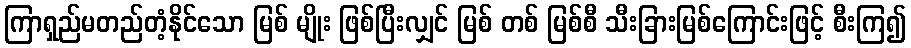
ကြာရှည်မတည်တံ့နိုင်သော မြစ် မျိုး ဖြစ်ပြီးလျှင် မြစ် တစ် မြစ်စီ သီးခြားမြစ်ကြောင်းဖြင့် စီးကြ၍